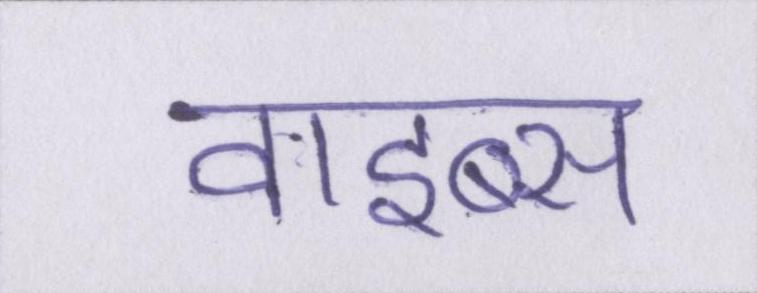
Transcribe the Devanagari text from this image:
वाइब्स